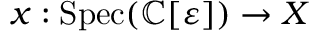
x : { \mathrm { S p e c } } ( \mathbb { C } [ \varepsilon ] ) \to X